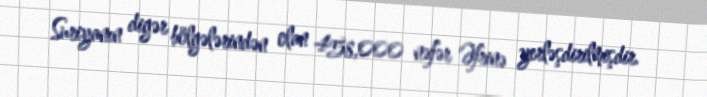
Suriyanın digər bölgələrindən olan 458,000 nəfər Əfrinə yerləşdirilmişdir.